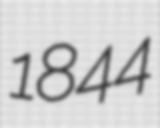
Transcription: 1844